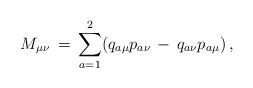
LaTeX: \begin{align*}M_{\mu \nu}\,=\,\sum_{a=1}^{2}(q_{a\mu}p_{a\nu}\,-\,q_{a\nu}p_{a\mu})\,{,}\end{align*}